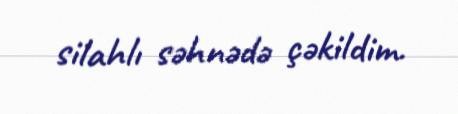
silahlı səhnədə çəkildim.